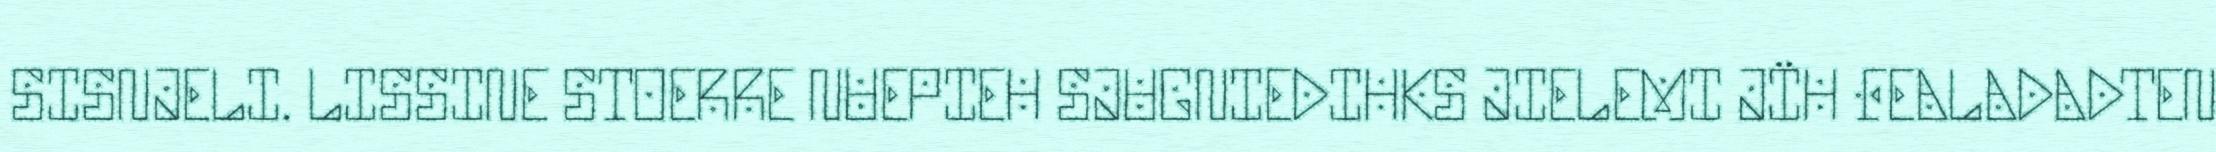
SISNJELI. LISSINE STOERRE NUEPIEH SJUGNIEDIHKS JIELEMI JÏH FEALADADTEN